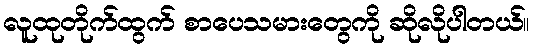
လူထုတိုက်ထွက် စာပေသမားတွေကို ဆိုလိုပါတယ်။